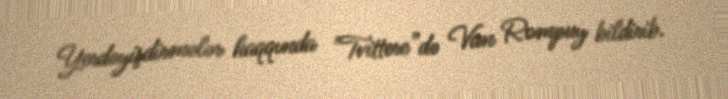
Yerdəyişdirmələr haqqında "Tvittere”də Van Rompuy bildirib.